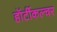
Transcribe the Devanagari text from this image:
हॉर्टीकल्चर